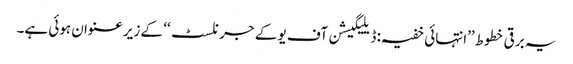
یہ برقی خطوط ’’انتہائی خفیہ: ڈیلیگیشن آف یو کے جرنلسٹ‘‘ کے زیر عنوان ہوئی ہے۔